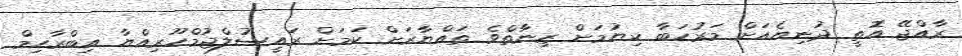
ރާއްޖޭ އޮތީ ދުނިޔެއަށް މަރުހަބާ ކިޔުމަށް ޒިނާތްވެ ތައްޔާރަށް ކަަމަށް ރައީސުލްޖުމްހޫރިއްޔާ އިބްރާހިމް